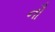
નૌ